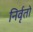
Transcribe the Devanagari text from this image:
निर्वृतो